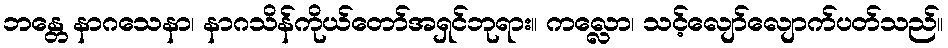
ဘန္တေ နာဂသေနာ၊ နာဂသိန်ကိုယ်တော်အရှင်ဘုရား။ ကလ္လော၊ သင့်လျော်လျောက်ပတ်သည်။